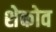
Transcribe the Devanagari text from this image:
शेकोव